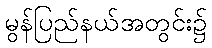
မွန်ပြည်နယ်အတွင်း၌